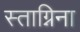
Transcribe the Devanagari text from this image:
स्ताग्निना